Report of the Indian Hemp Drugs Commission, 1894-1895 - Volume VII
Year: 1894
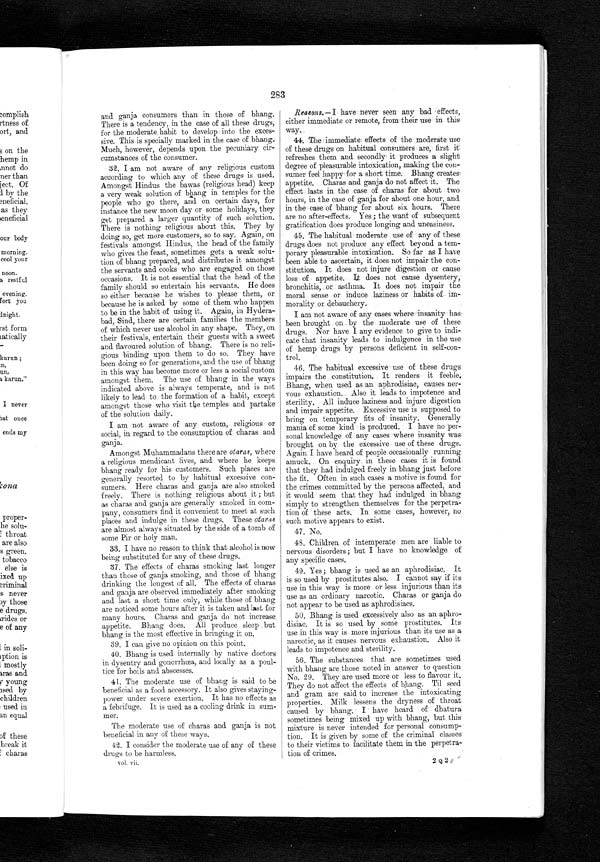
283
a n d , g a n j a c o n s u m e r s t h a n i n t h o s e o f b h a n g .
There is a tendency, in the case of all these drugs,
for the moderate habit to develop into the exces-
sive. This is specially marked in the case of bhang.
Much, however, depends upon the pecuniary cir-
cumstances of the consumer.
32. I am not aware of any religious custom
according to which any of these drugs is used.
Amongst Hindus the bawas (religious head) keep
a very weak solution of bhang in temples for the
people who go there, and on certain days, for
instance the new moon day or some holidays, they
get prepared a larger quantity of such solution.
There is nothing religious about this. They by
doing so, get more customers, so to say. Again, on
festivals amongst Hindus, the head of the family
who gives the feast, sometimes gets a weak solu
- t i o n o f b h a n g p r e p a r e d , a n d d i s t r i b u t e s i t a m o n g s t
the servants and cooks who are engaged on those
occasions. It is not essential that the head of the
family should so entertain his servants. He does
so either because he wishes to please them, or
because he is asked by some of them who happen
to be in the habit of using it. Again, in Hydera
- ba d, Si nd, t he r e a r e c e r t a i n f a mi l i e s t he me mbe r s
of which never use alcohol in any shape. They, on
their festivals, entertain their guests with a sweet
and flavoured solution of bhang. There is no reli
- g i o u s b i n d i n g u p o n t h e m t o d o s o . T h e y h a v e
been doing so for generations, and the use of bhang
in this way has become more or less a social custom
amongst them. The use of bhang in the ways
indicated above is always temperate, and is not
likely to lead to the formation of a habit, except
amongst those who visit the temples and partake
of the solution daily.
I am not aware of any custom, religious or
social, in regard to the consumption of charas and
ganja.
Amongst Muhammadans there are otaras, where
a religious mendicant lives, and where he keeps
bhang ready for his customers. Such places are
generally resorted to by habitual excessive con-
sumers. Here charas and ganja are also smoked
freely. There is nothing religious about it; but
as charas and ganja are generally smoked in com-
pany, consumers find it convenient to meet at such
places and indulge in these drugs. These otaras
are almost always situated by the side of a tomb of
some Pir or holy man.
33. I have no reason to think that alcohol is now
being substituted for any of these drugs.
37. The effects of charas smoking last longer
than those of ganja smoking, and those of bhang
drinking the longest of all. The effects of charas
and ganja are observed immediately after smoking
and last a short time only, while those of bhang
are noticed some hours after it is taken and last for
many hours. Charas and ganja do not increase
appetite. Bhang does. All produce sleep but
bhang is the most effective in bringing it on.
39. I can give no opinion on this point.
40. Bhang is used internally by native doctors
in dysentry and gonorrhoea, and locally as a poul-
tice for boils and abscesses.
41. The moderate use of bhang is said to be
beneficial as a food accessory. It also gives staying-
power under severe exertion. It has no effects as
a febrifuge. It is used as a cooling drink in sum-
mer.
The moderate use of charas and ganja is not
beneficial in any of these ways.
42. I consider the moderate use of any of these
drugs to be harmless.
Reasons.—I have never seen any bad effects,
either immediate or remote, from their use in this
w a y .
44. The immediate effects of the moderate use
of these drugs on habitual consumers are, first it
refreshes them and secondly it produces a slight
degree of pleasurable intoxication, making the con-
sumer feel happy for a short time. Bhang creates
appetite. Charas and ganja do not affect it. The
effect lasts in the case of charas for about two
hours, in the case of ganja for about one hour, and
in the case of bhang for about six hours. There
are no after-effects. Yes; the want of subsequent
gratification does produce longing and uneasiness.
45. The habitual moderate use of any of these
drugs does not produce any effect beyond a tem
- p o r a r y p l e a s u r a b l e i n t o x i c a t i o n . S o f a r a s I h a v e
been able to ascertain, it does not impair the con-
stitution. It does not injure digestion or cause
loss of appetite. It does not cause dysentery,
bronchitis, or asthma. It does not impair the
moral sense or induce laziness or habits of
im-morality or debauchery.
I am not aware of any cases
w h e r e i n s a n i t y h a s b e e n b r o u g h t o n b y t h e m o d e r a t e u s e o f t h e s e
drugs. Nor have I any evidence to give to indi-
cate that insanity leads to indulgence in the use
of hemp drugs by persons deficient in self-con
- t r o l .
46. The habitual excessive use of these drugs
impairs the constitution. It renders it feeble.
Bhang, when used as an aphrodisiac, causes ner
- v o u s e x h a u s t i o n . A l s o i t l e a d s t o i m p o t e n c e a n d
sterility. All induce laziness and injure digestion
and impair appetite. Excessive use is supposed to
bring on temporary fits of insanity. Generally
mania of some kind is produced. I have no per-
sonal knowledge of any cases where insanity was
brought on by the excessive use of these drugs.
Again I have heard of people occasionally running
amuck. On enquiry in these cases it is found
that they had indulged freely in bhang just before
the fit. Often in such cases a motive is found for
the crimes committed by the persons affected, and
it would seem that they had indulged in bhang
simply to strengthen themselves for the perpetra-
tion of these acts. In some cases, however, no
such motive appears to exist.
47. No.
48. Children of intemperate men are liable to
nervous disorders; but I have no knowledge of
any specific cases.
49. Yes; bhang is used as an aphrodisiac. It
is so used by prostitutes also. I cannot say if its
use in this way is more or less injurious than its
use as an ordinary narcotic. Charas or ganja do
not appear to be used as aphrodisiacs.
50. Bhang is used excessively also as an aphro
- d i s i a c . I t i s s o u s e d b y s o m e p r o s t i t u t e s . I t s
use in this way is more injurious than its use as a
narcotic, as it causes nervous exhaustion. Also it
leads to impotence and sterility.
56. The substances that are sometimes used
with bhang are those noted in answer to question
No. 29. They are used more or less to flavour it.
They do not affect the effects of bhang. Til seed
and gram are said to increase the intoxicating
properties. Milk lessens the dryness of throat
caused by bhang. I have heard of dhatura
sometimes being mixed up with bhang, but this
mixture is never intended for personal consump-
tion. It is given by some of the criminal classes
to their victims to facilitate them in the perpetra-
tion of crimes.
vol. vii,
2Q2